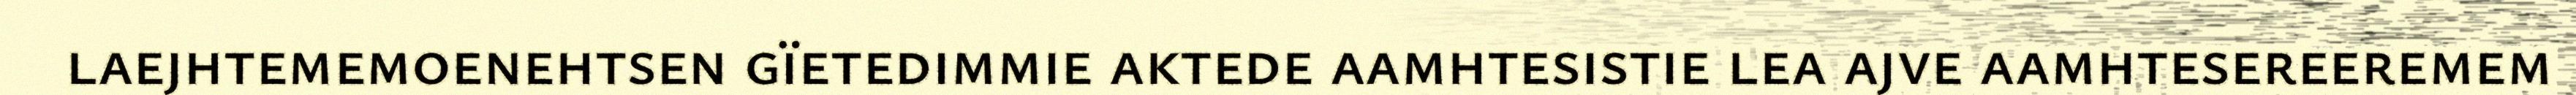
laejhtememoenehtsen gïetedimmie aktede aamhtesistie lea ajve aamhtesereeremem